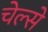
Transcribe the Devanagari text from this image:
चेल्से